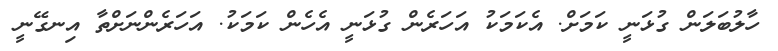
ހާލުބަލަން ގުޅަނީ ކަމަށް. އެކަމަކު އަހަރެން ގުޅަނީ އެހެން ކަމަކު. އަހަރެންނަށްތާ އިނގޭނީ